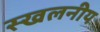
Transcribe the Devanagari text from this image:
स्खलनीय